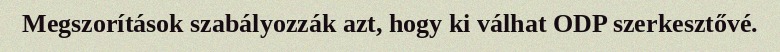
Megszorítások szabályozzák azt, hogy ki válhat ODP szerkesztővé.